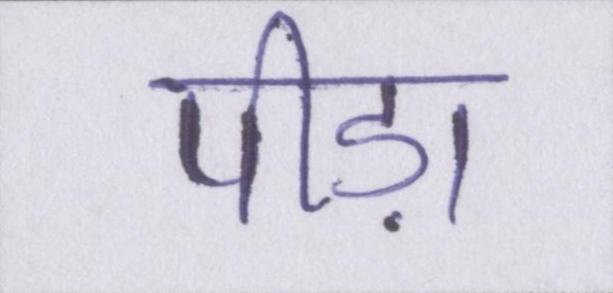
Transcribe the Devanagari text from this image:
पीड़ा